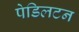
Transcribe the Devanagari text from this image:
पेडिलटन